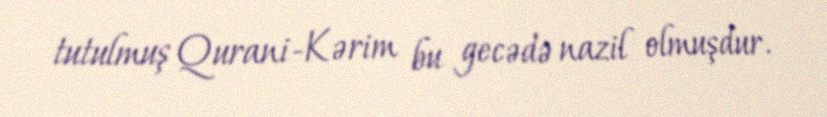
tutulmuş Qurani-Kərim bu gecədə nazil olmuşdur.